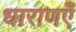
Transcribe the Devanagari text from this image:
धाराणएँ